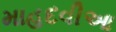
માહદવીઆ